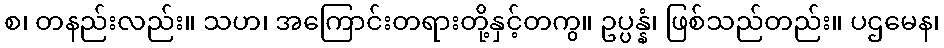
စ၊ တနည်းလည်း။ သဟ၊ အကြောင်းတရားတို့နှင့်တကွ။ ဥပ္ပန္နံ၊ ဖြစ်သည်တည်း။ ပဌမေန၊